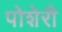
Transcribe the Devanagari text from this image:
पोशेरी